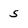
Character: 5